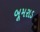
બૂમરાડ